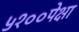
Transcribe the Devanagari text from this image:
५१००पेक्षा